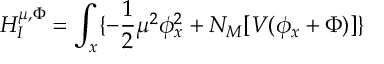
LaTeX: H _ { I } ^ { \mu , \Phi } = \int _ { x } \{ - { \frac { 1 } { 2 } } \mu ^ { 2 } \phi _ { x } ^ { 2 } + { \cal N } _ { M } [ V ( \phi _ { x } + \Phi ) ] \}